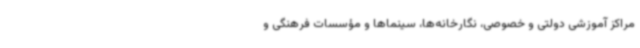
مراکز آموزشی دولتی و خصوصی، نگارخانه‌ها، سینماها و مؤسسات فرهنگی و